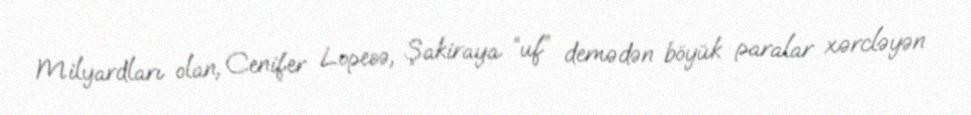
Milyardları olan, Cenifer Lopesə, Şakiraya “uf” demədən böyük paralar xərcləyən